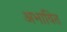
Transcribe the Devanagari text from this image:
अभावित